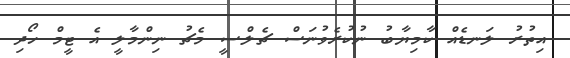
އިތުރު ލަނޑެއް ކާމިޔާބު ނުކުރެވުނަސް ޗެލްސީ މެޗު ނިންމާލީ އެ ޓީމް ހޯދި